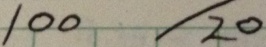
1 0 0 / 2 0